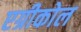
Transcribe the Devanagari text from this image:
एग्रीकोल